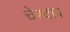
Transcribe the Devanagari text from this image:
चेस्वाव